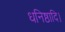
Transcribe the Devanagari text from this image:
धनिष्ठादि।